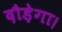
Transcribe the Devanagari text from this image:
दौड़ेगा।